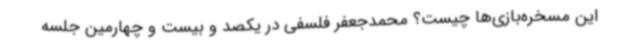
این مسخره‌بازی‌ها چیست؟ محمدجعفر فلسفی در یکصد و بیست و چهارمین جلسه